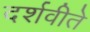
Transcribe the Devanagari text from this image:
दर्शवीते